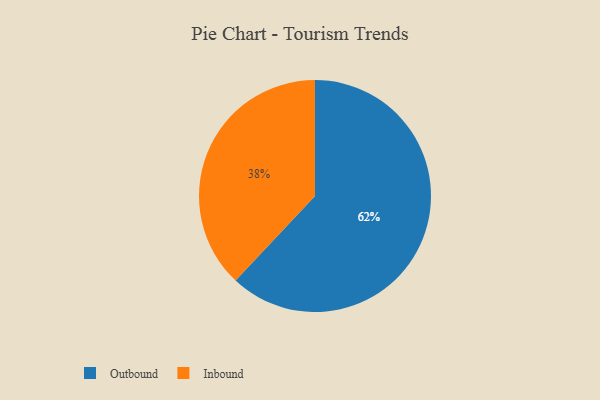
{"axis": {"x": "Category", "y": "Percentage"}, "legend": ["Inbound", "Outbound"], "data": [{"x": "Inbound", "y": 38, "type": "Inbound"}, {"x": "Outbound", "y": 62, "type": "Outbound"}]}